DOW-UAP-D49, Launch Summary, Vandenberg AFB, 2000
Agency: Department of War
Incident date: 2/3/00
Page 82
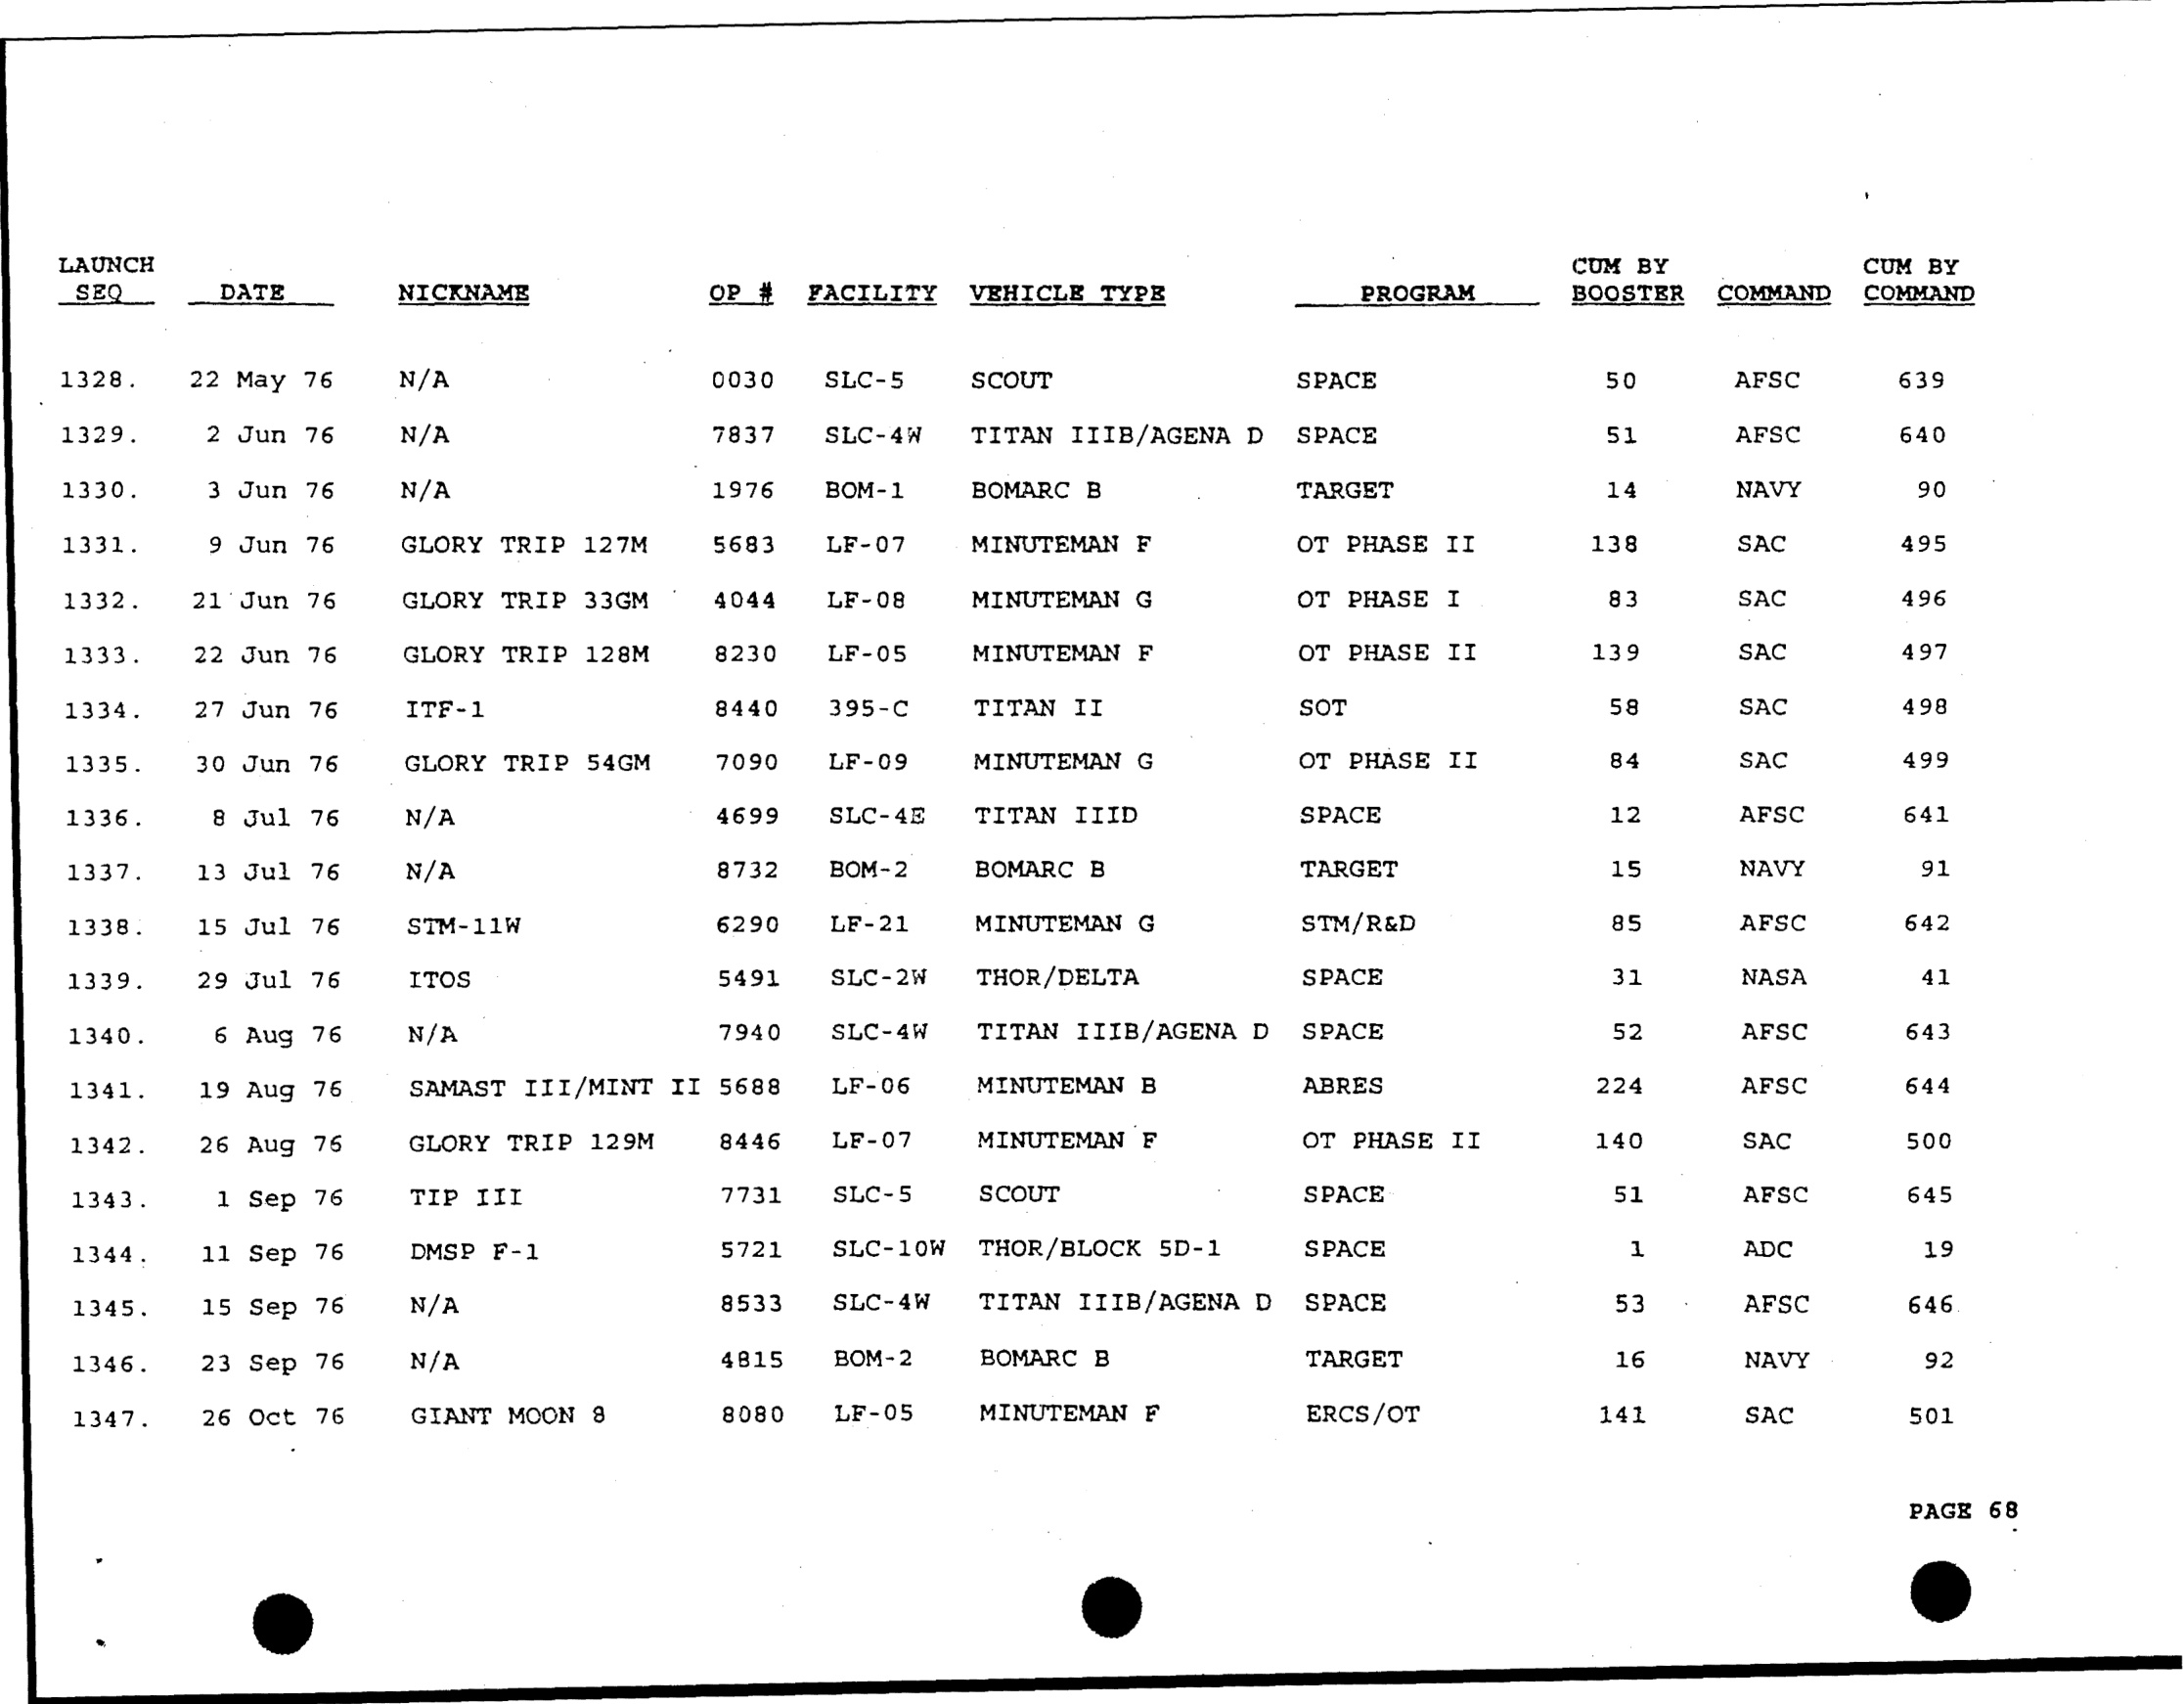